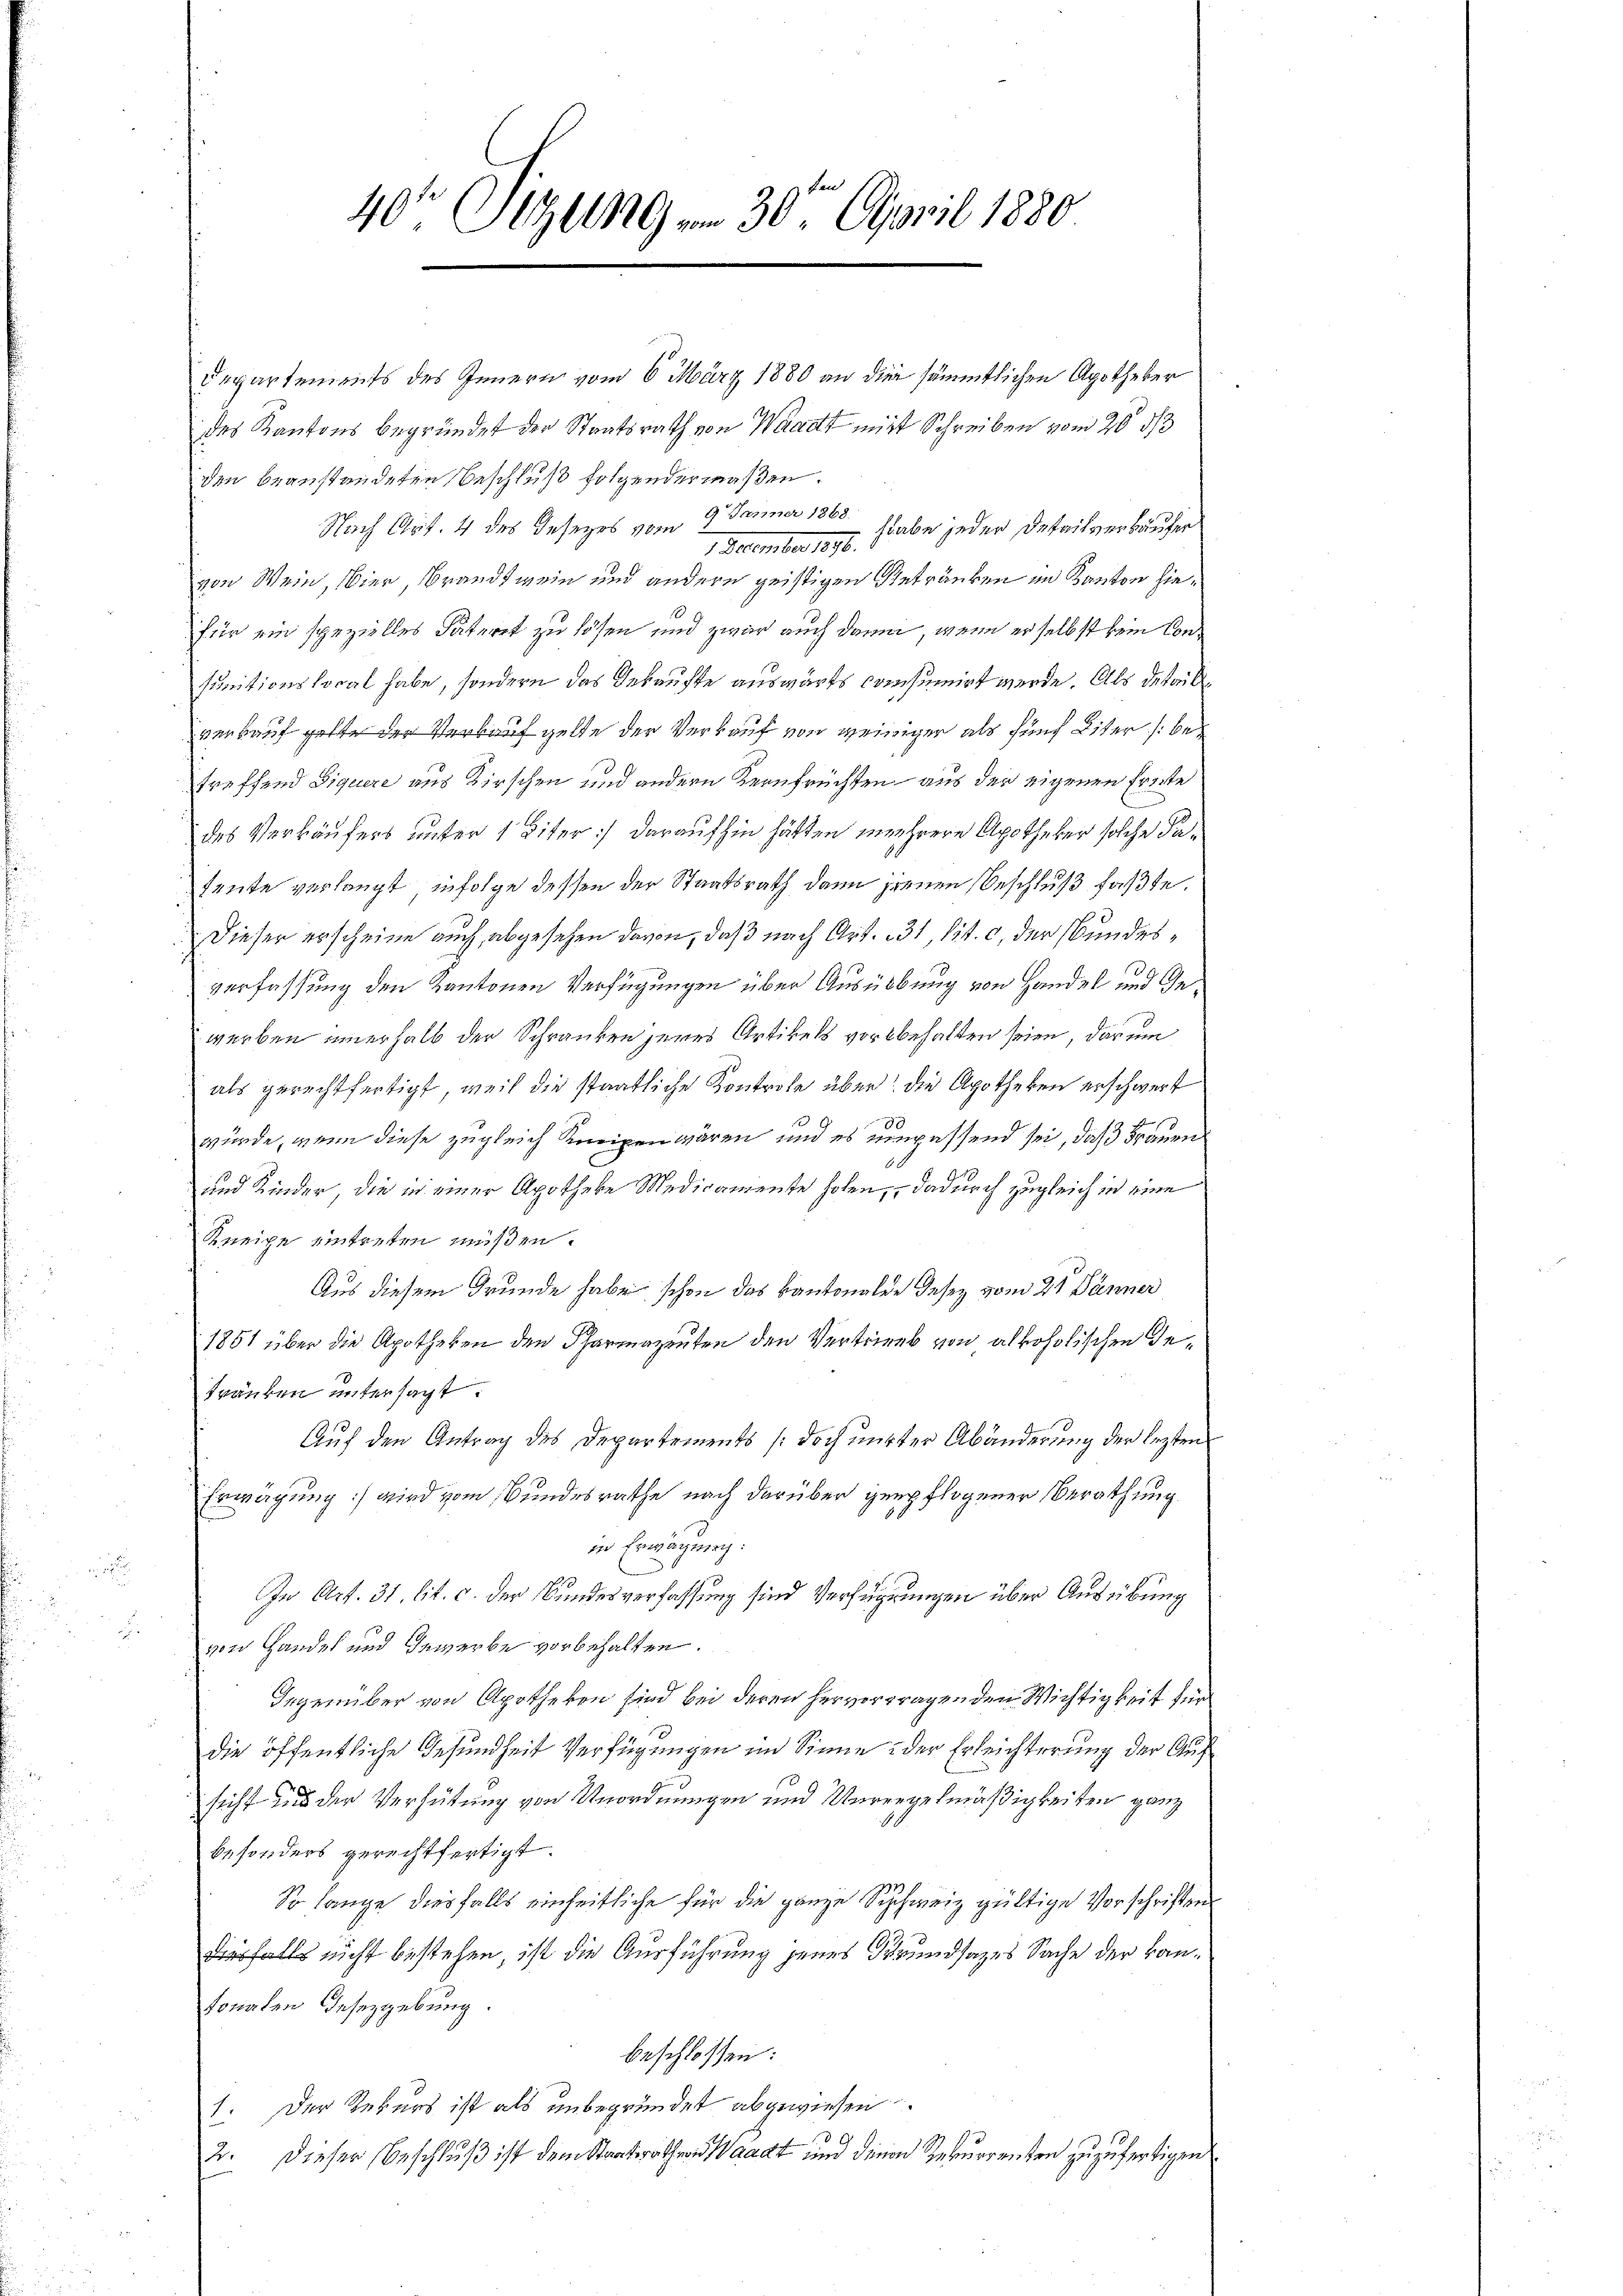
40 Sizungen 30t April 1880

Departements des Innern vom 6. März 1880 an die sämmtlichen Apotheker
des Kantons begründet der Staatsrath von Waadt mit Schreiben vom 20. ds
den beanstandeten Beschluß folgendermaßen.
Nach Art. 4 des Gesezes vom 9. Jänner 1868.
habe jeder Detailverkäufer
1 December 1890.
von Wein, Vier, Brandtwein und andern geistigen Getränken im Kanton hiefür ein spezielles Täteret zu lösen und zwar auch dann, wenn er selbst kein Consunitionslocal habe, sondern das Gekaufte auswärts consumirt werde. Als detail
verkauf gelte der Verkauf gelte der Verkauf von weiniger als fünf Liter /: betreffend Siquere aus Kirschen und andern Kernfrüchten aus der eigenen Freite
des Verkäufers unter 1 Eiter :/ daraufhin hätten mehrere Apotheker solche Faheute verlangt, infolge dessen der Staatsrath dann jenen Beschluß faßte,
Dieser erscheine auch, abgesehen davon, daß nach Art. 31, lit. c, der Bundesverfassung den Kantonen Verfügungen über Ausübung von Handel und Inwerben innerhalb der Schranken jenes Artikels vorbehalten seien, darum
als gerechtfertigt, weil die staatliche Kontrole über: die Apotheken erschwert
würde, wenn diese zugleich Kneipen wären und es unpassend sei, daß Frauen
und Kinder, die in einer Apotheke Medicamente holen, dadurch zugleich in eine
Kneige eintreten müßen.
Aus diesem Grunde habe schon das Kantonalde Jesez vom 2t Jänner
1851 über die Apotheken den Pharmazenten den Vertrieb von alkoholischen Ge¬
Fränken untersagt.
Auf den Antrag des Departements (doch unter Abänderung der lezten
Erwägung) wird vom Bundesrathe nach darüber gepflogener Berathung
in Erwägung:
In Art. 31. lit. c. der Bundesverfassung sind Verfügungen über Ausübung
von Handel und Gewerbe vorbehalten.
Irgenüber von Apotheken sind bei deren hervortragenden Wichtigkeit für
die öffentliche Gesundheit Verfügungen im Sinne: der Erleichterung der Auf
sicht und der Verhütung von Unordnungen und Unregelmäßigkeiten ganz
besonders gerechtfertigt.
So lange diesfalls einheitliche für die ganze Schweiz gültige Vorschriften
esfalls nicht bestehen, ist die Ausführung jenes Grundsatzes Sache der kantonalen Gesetzgebung.
beschlossen:
1. Der Rekurs ist als unbegründet abgewiesen.
2. Dieser Beschluß ist dem Staat und deinen Rekurrenten zuzufertigen